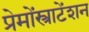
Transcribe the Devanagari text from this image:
प्रेमोंस्त्राटेंशन